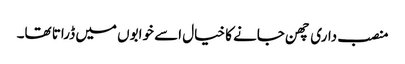
منصب داری چھن جانے کا خیال اسے خوابوں میں ڈراتا تھا۔